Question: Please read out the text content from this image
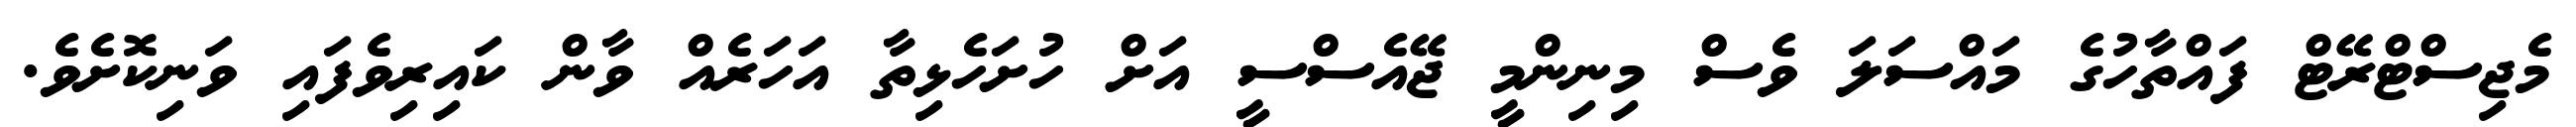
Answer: މެޖިސްޓްރޭޓް ފައްތާހުގެ މައްސަލަ ވެސް މިނިންމީ ޖޭއެސްސީ އަށް ހުށަހެޅިތާ އަހަރެއް ވާން ކައިރިވެފައި ވަނިކޮށެވެ.